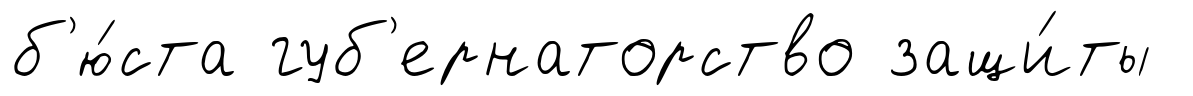
б'ю́ста губ'ернаторство защи́ты